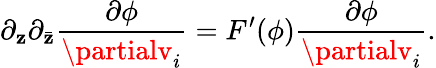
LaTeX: \partial_{\mathbf{z}}\partial_{\bar{{\mathbf{z}}}}\frac{{\partial\phi}}{{\partialv_{i}}}=F^{\prime}(\phi)\frac{{\partial\phi}}{{\partialv_{i}}}.